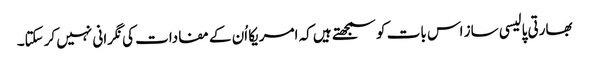
بھارتی پالیسی ساز اس بات کو سمجھتے ہیں کہ امریکا اُن کے مفادات کی نگرانی نہیں کرسکتا۔